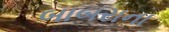
બાબરાના